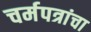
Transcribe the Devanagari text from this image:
चर्मपत्रांचा